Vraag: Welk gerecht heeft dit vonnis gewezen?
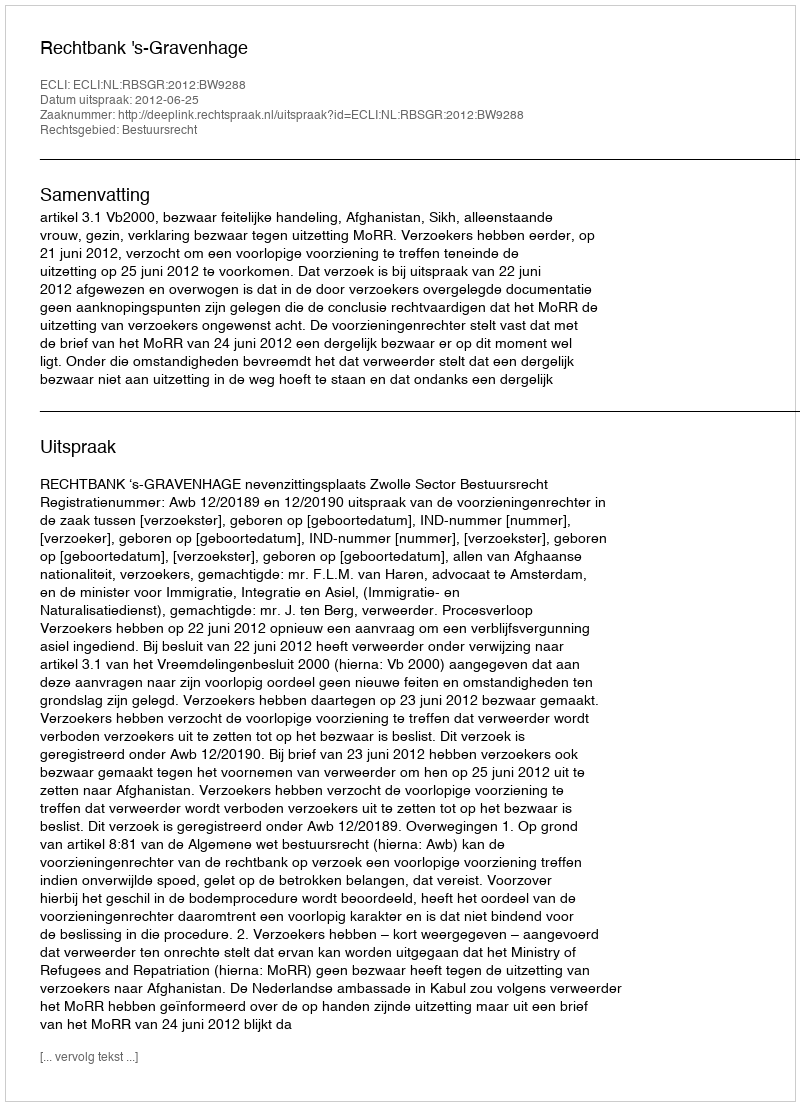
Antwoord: Rechtbank 's-Gravenhage